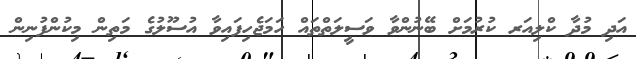
އަދި މުދާ ކްލިއަރ ކުރުމަށް ބޭނުންވާ ވަސީލަތްތައް ހަމަޖެހިފައިވާ އުސޫލުގެ މަތިން މިކުންފުނިން